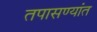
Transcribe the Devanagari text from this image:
तपासण्यांत